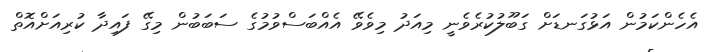
އެހެންކަމުން އަޅުގަނޑަށް ގަބޫލުކުރެވެނީ މިއަދު މިވެވޭ އެއްބަސްވުމުގެ ސަބަބުން މިގޭ ފައިދާ ކުރިއަށްއޮތް